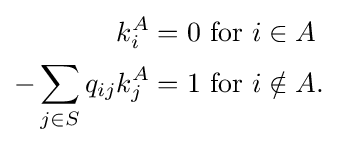
{\begin{aligned}k_{i}^{A}=0&{\text{ for }}i\in A\\-\sum _{j\in S}q_{ij}k_{j}^{A}=1&{\text{ for }}i\notin A.\end{aligned}}